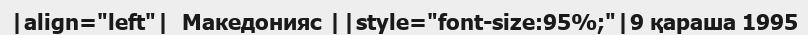
|align="left"|  Македонияc ||style="font-size:95%;"|9 қараша 1995